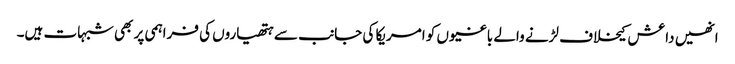
انھیں داعش کیخلاف لڑنے والے باغیوں کو امریکا کی جانب سے ہتھیاروں کی فراہمی پر بھی شبہات ہیں۔